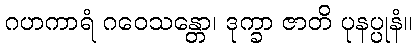
ဂဟကာရံ ဂဝေသန္တော၊ ဒုက္ခာ ဇာတိ ပုနပ္ပုနံ။